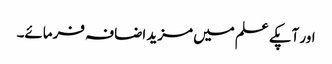
اور آپکے علم میں مزید اضافہ فرمائے۔